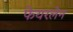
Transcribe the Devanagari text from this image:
फेयरलेन